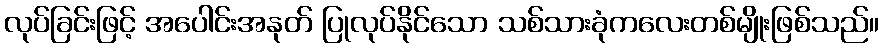
လုပ်ခြင်းဖြင့် အပေါင်းအနုတ် ပြုလုပ်နိုင်သော သစ်သားခုံကလေးတစ်မျိုးဖြစ်သည်။